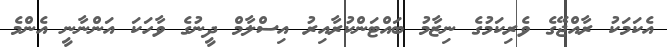
އެކަމަކު ރާއްޖޭގެ ވެރިކަމުގެ ނިޒާމު ބައްޓަންކުރާއިރު އިސްލާމް ދީނުގެ ވާހަކަ އަންނާނީ އެންމެ